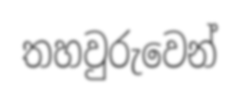
තහවුරුවෙන්